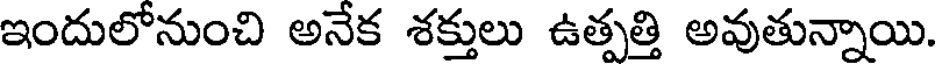
ఇందులోనుంచి అనేక శక్తులు ఉత్పత్తి అవుతున్నాయి.